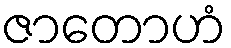
ဇာတောဟံ